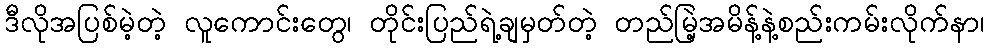
ဒီလိုအပြစ်မဲ့တဲ့ လူကောင်းတွေ၊ တိုင်းပြည်ရဲ့ချမှတ်တဲ့ တည်မြဲ့အမိန့်နဲ့စည်းကမ်းလိုက်နာ၊